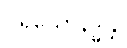
ပရိယောနဒ္ဓန္တိ